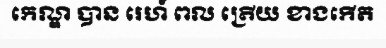
កេណ្ឌ បាន រេហ៍ ពល ត្រើយ ខាងកើត